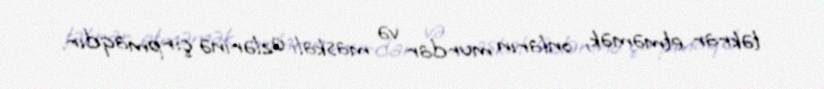
təkrar etməmək, onların murdar və maskalı üzlərinə çırpmaqdır.